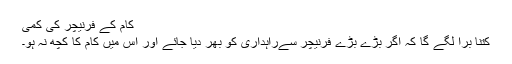
کام کے فرنیچر کی کمی
کتنا برا لگے گا کہ اگر بڑے بڑے فرنیچر سےراہداری کو بھر دیا جائے اور اس میں کام کا کچھ نہ ہو۔